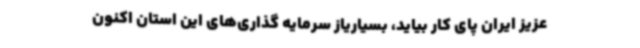
عزیز ایران پای کار بیاید، بسیاریاز سرمایه گذاری‌های این استان اکنون